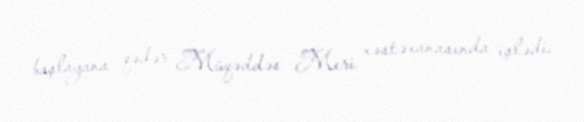
başlayana qədər Müqəddəs Meri xəstəxanasında işlədi.